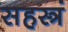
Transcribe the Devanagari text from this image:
सहस्त्रं